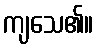
ကျသေ၏။